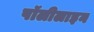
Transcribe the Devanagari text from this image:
पॉलीलाइन